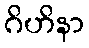
ဂိဟိနာ